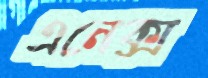
এনেক্স